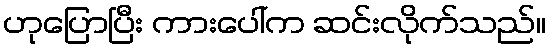
ဟုပြောပြီး ကားပေါ်က ဆင်းလိုက်သည်။